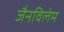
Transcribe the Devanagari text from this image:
जैनविलेम